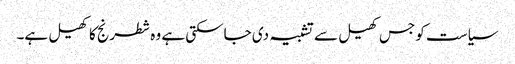
سیاست کو جس کھیل سے تشبیہ دی جاسکتی ہے وہ شطرنج کا کھیل ہے۔